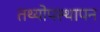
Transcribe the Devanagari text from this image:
तथ्योपस्थापन